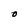
Character: O